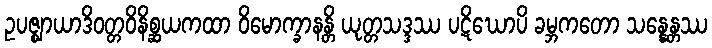
ဥပဇ္ဈာယာဒိဝတ္တဝိနိစ္ဆယကထာ ဝိမောက္ခာနန္တိ ယုတ္တသဒ္ဒဿ ပဋိဃောပိ ခမ္ဘကတော သန္နေန္တဿ